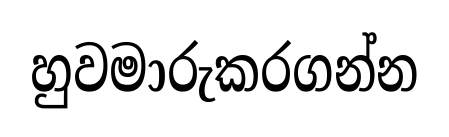
හුවමාරුකරගන්න